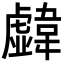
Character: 𩏣